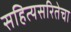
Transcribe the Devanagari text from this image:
सहित्यसरितेचा